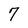
Character: 7